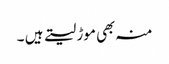
منہ بھی موڑ لیتے ہیں ۔